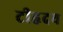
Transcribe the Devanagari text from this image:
टीहृदय